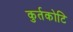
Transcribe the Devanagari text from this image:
कुर्तकोटि